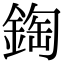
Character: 鋾